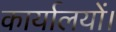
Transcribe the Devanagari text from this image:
कार्यालयों।